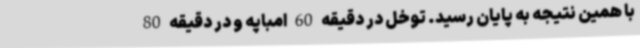
با همین نتیجه به پایان رسید. توخل در دقیقه 60 امباپه و در دقیقه 80